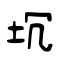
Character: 坈